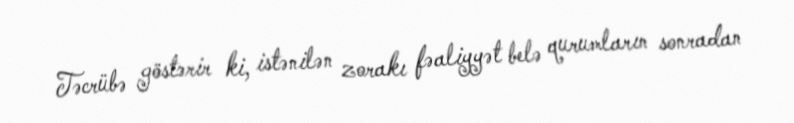
Təcrübə göstərir ki, istənilən zorakı fəaliyyət belə qurumların sonradan